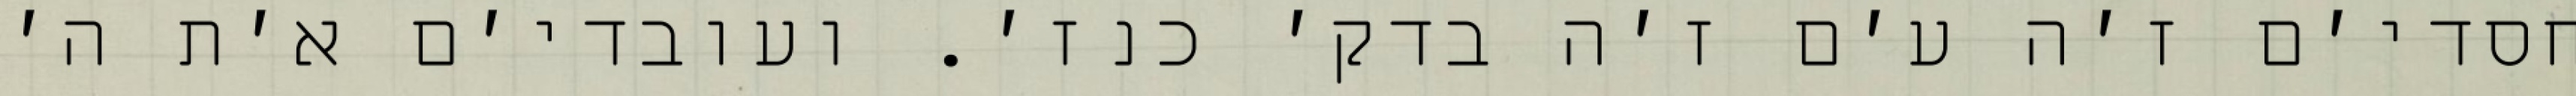
חסדי׳ם ז׳ה ע׳ם ז׳ה בדק׳ כנז׳. ועובדי׳ם א׳ת ה׳